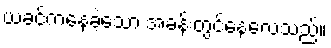
ယခင်ကနေခဲ့သော အခန်းတွင်နေလေသည်။